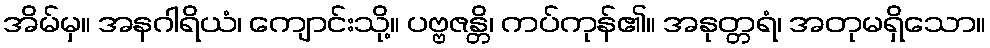
အိမ်မှ။ အနဂါရိယံ၊ ကျောင်းသို့။ ပဗ္ဗဇန္တိ၊ ကပ်ကုန်၏။ အနုတ္တရံ၊ အတုမရှိသော။